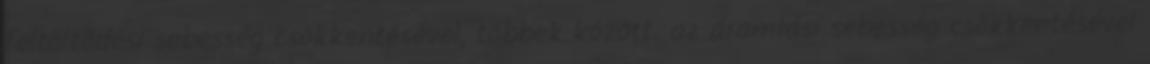
feltöltõdési sebesség csökkentésével, többek között. az áramlási sebesség csökkentésével